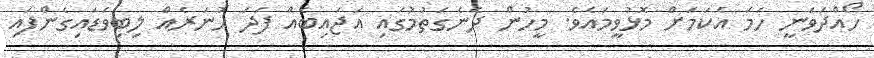
ހޯއްދަވަނީ ހަމަ އެކަމަށް މޮޅުވީމައެވެ. މީހުން ދެނެގަތުމުގައި އަޖައިބެއް ފަދަ ހުނަރެއް ލިބިވަޑައިގެންފައި